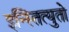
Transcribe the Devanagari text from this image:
इन्स्तित्युतो